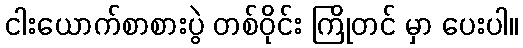
ငါးယောက်စာစားပွဲ တစ်ဝိုင်း ကြိုတင် မှာ ပေးပါ။